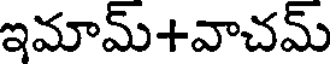
ఇమామ్+వాచమ్